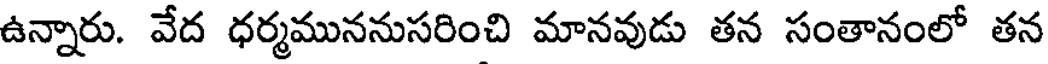
ఉన్నారు. వేద ధర్మముననుసరించి మానవుడు తన సంతానంలో తన